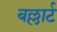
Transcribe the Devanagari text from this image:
बल्लार्ट